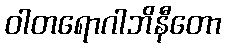
ဝါတရောဂါဘိနီတော